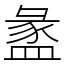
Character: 盠